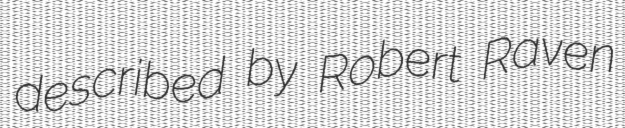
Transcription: described by Robert Raven